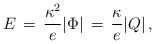
LaTeX: \begin{align*} E \, = \, {\kappa^2 \over e} | \Phi| \, = \, {\kappa \over e} |Q| \, ,\end{align*}